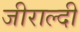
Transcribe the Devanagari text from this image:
जीराल्दी